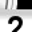
Digit: 2